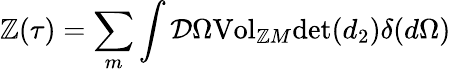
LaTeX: {\cal{\mathbb{Z}}}(\tau{})=\sum_{m}\int{\cal{D}}\Omega{\mathrm{{Vol}}}_{\mathbb{Z}M}{\mathrm{{det}}}(d_{2})\delta{}(d\Omega{})